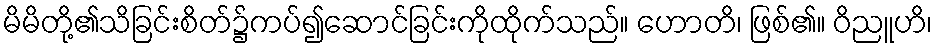
မိမိတို့၏သိခြင်းစိတ်၌ကပ်၍ဆောင်ခြင်းကိုထိုက်သည်။ ဟောတိ၊ ဖြစ်၏။ ဝိညူဟိ၊